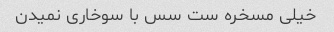
خیلی مسخره ست سس با سوخاری نمیدن